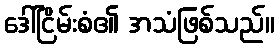
ဒေါ်ငြိမ်းစံ၏ အသံဖြစ်သည်။